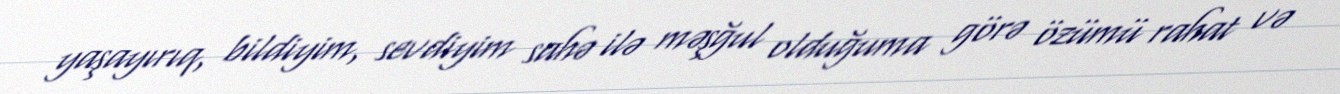
yaşayırıq, bildiyim, sevdiyim sahə ilə məşğul olduğuma görə özümü rahat və